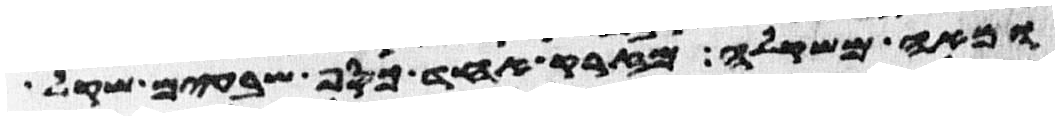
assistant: ומאה משקלה מזרק אחד כסף שבעים שקל